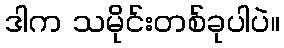
ဒါက သမိုင်းတစ်ခုပါပဲ။